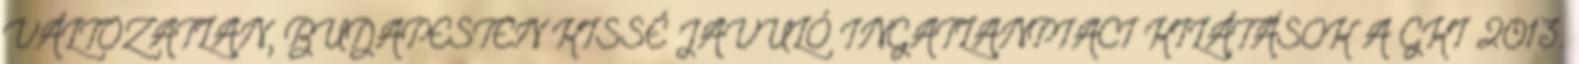
VÁLTOZATLAN, BUDAPESTEN KISSÉ JAVULÓ INGATLANPIACI KILÁTÁSOK A GKI 2013.